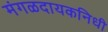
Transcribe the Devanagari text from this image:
मंगळदायकनिधी